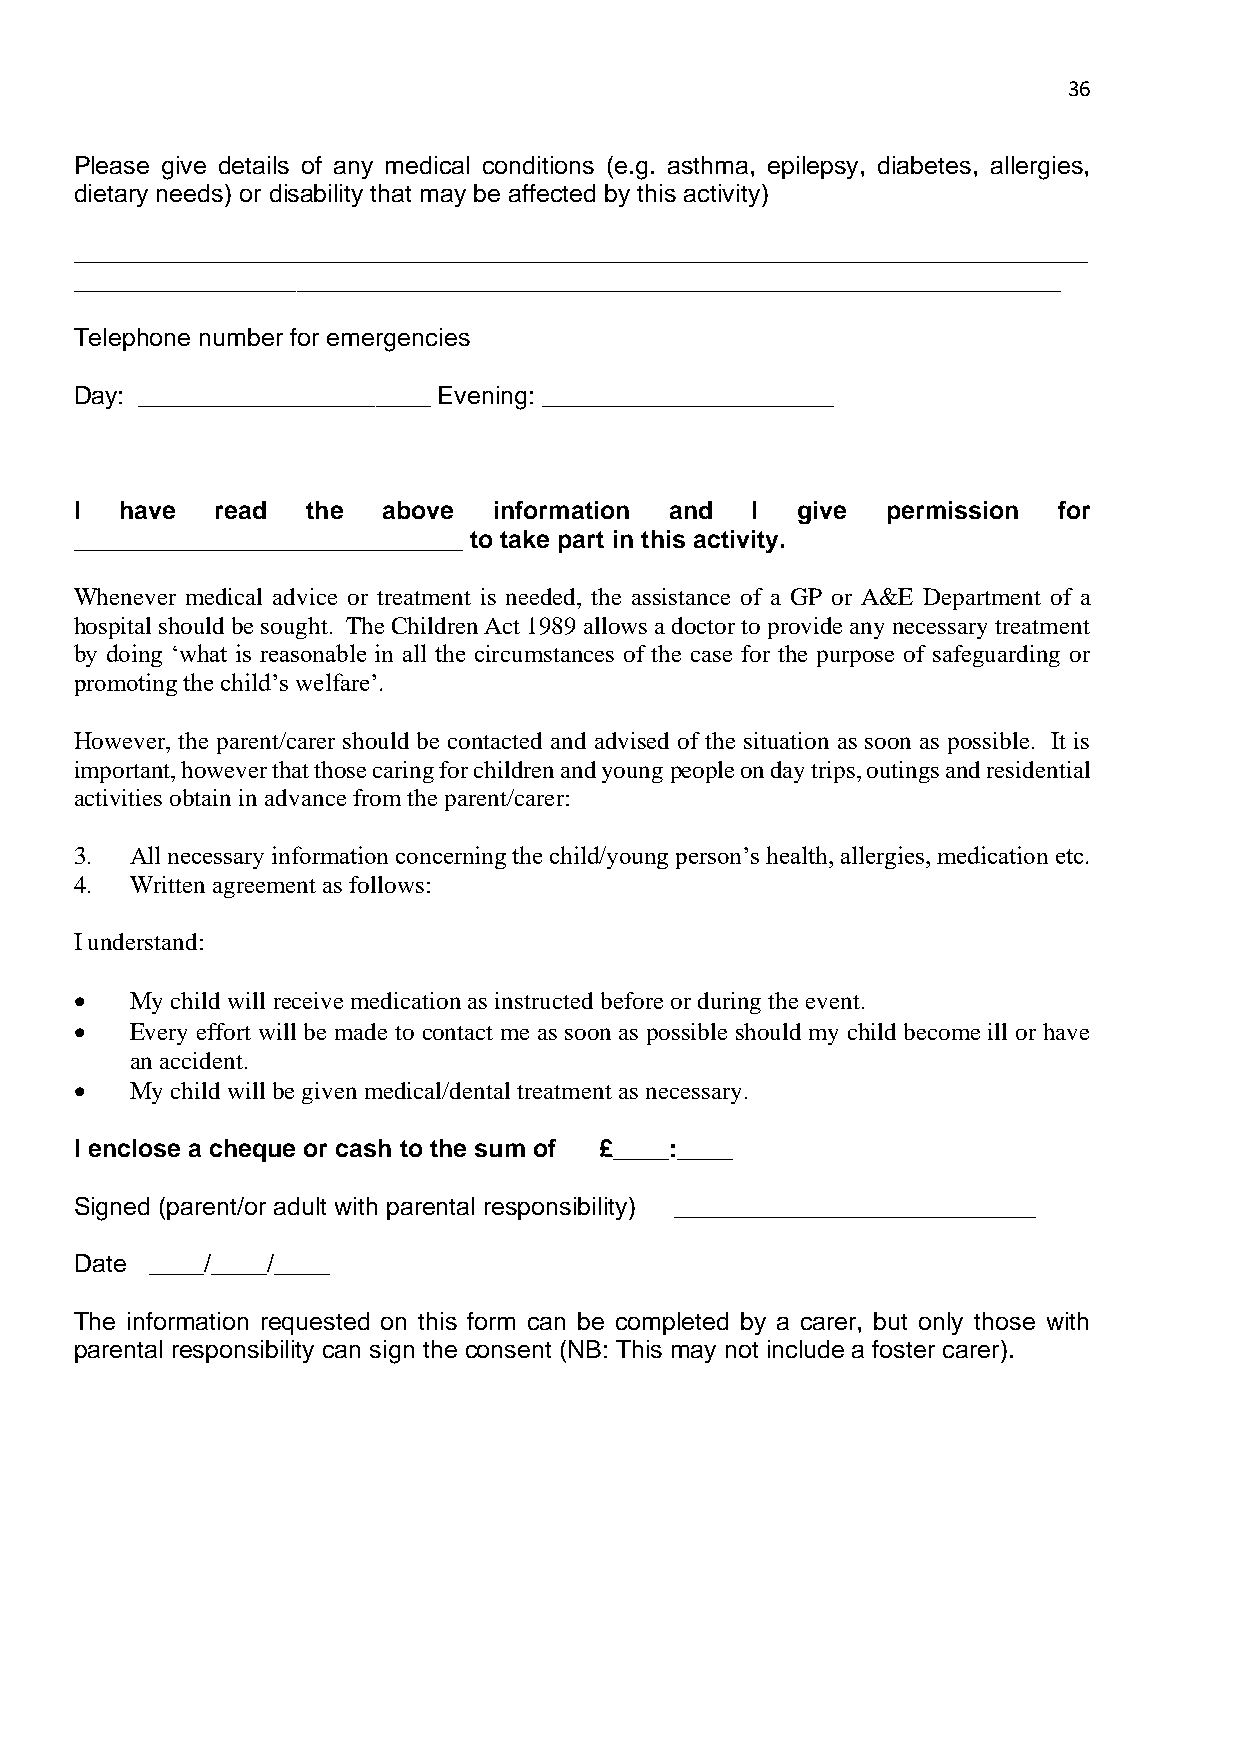
36
 Please give details of any medical conditions (e.g. asthma, epilepsy, diabetes, allergies,
 dietary needs) or disability that may be affected by this activity)
 _________________________________________________________________________
 _______________________________________________________________________
 Telephone number for emergencies
 Day: _____________________ Evening: _____________________
 I  have  read  the  above   information and  I  give  permission for
 ____________________________ to take part in this activity.
 Whenever medical advice or treatment is needed, the assistance of a GP or A&E Department of a
 hospital should be sought. The Children Act 1989 allows a doctor to provide any necessary treatment
 by doing ‘what is reasonable in all the circumstances of the case for the purpose of safeguarding or
 promoting the child’s welfare’.
 However, the parent/carer should be contacted and advised of the situation as soon as possible. It is
 important, however that those caring for children and young people on day trips, outings and residential
 activities obtain in advance from the parent/carer:
 3.  All necessary information concerning the child/young person’s health, allergies, medication etc.
 4.  Written agreement as follows:
 I understand:
 •   My child will receive medication as instructed before or during the event.
 •   Every effort will be made to contact me as soon as possible should my child become ill or have
 an accident.
 •   My child will be given medical/dental treatment as necessary.
 I enclose a cheque or cash to the sum of £____:____
 Signed (parent/or adult with parental responsibility) __________________________
 Date ____/____/____
 The information requested on this form can be completed by a carer, but only those with
 parental responsibility can sign the consent (NB: This may not include a foster carer).